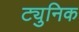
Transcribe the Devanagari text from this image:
ट्युनिक